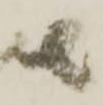
者